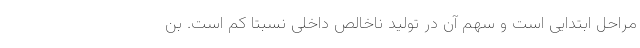
مراحل ابتدایی است و سهم آن در تولید ناخالص داخلی نسبتا کم است. بن